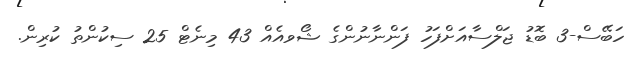
ހަބޭސް-3 ބޮޑު ޖަލްސާއަށްފަހު ފަންނާނުންގެ ޝޯވއެއް 43 މިނެޓް 25 ސިކުންތު ކުރިން.